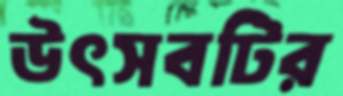
উৎসবটির